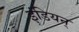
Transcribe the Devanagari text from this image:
इंडियन्